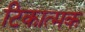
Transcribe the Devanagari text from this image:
टिकात्मक